Mental hospitals Bombay report 1921-28 - 1921-1928
Year: 1921
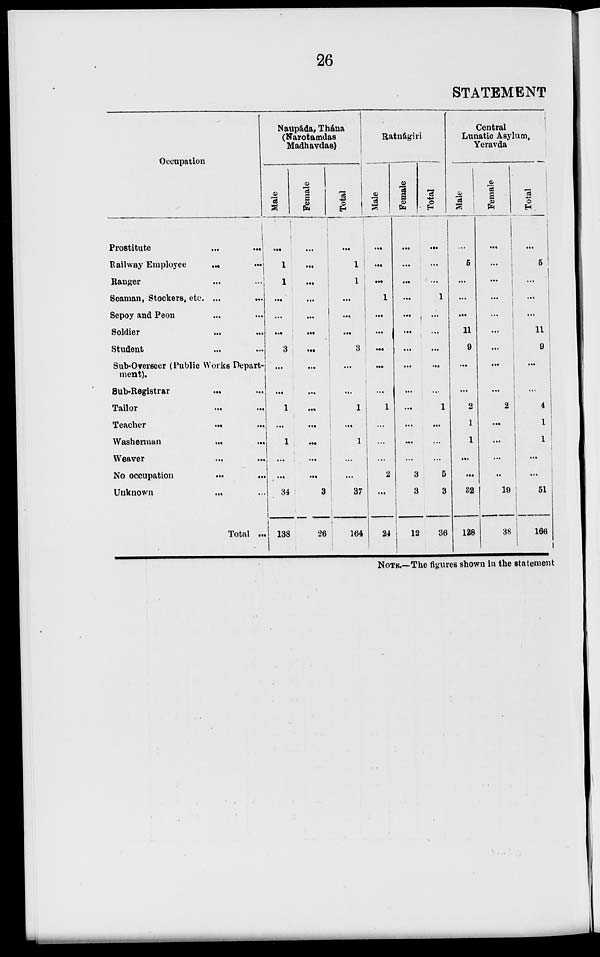
26
STATEMENT
Occupation
Prostitute ... ...
Railway Employee ... ...
Ranger ... ...
Seaman, Stockers, etc. ...
...
Sepoy and Peon
Soldier ... ...
Student ... ...
Sub-Overseer (Public Works Depart-
ment).
Sub-Registrar ... ...
Tailor ... ...
Teacher
... ...
Washerman ... ...
Weaver ... ...
No occupation ... ...
Unknown ... ...
Total ...
Naupáda, Thána
(Narotamdas
Madhavdas)
Male
...
1
1
...
...
...
3
...
...
1
...
1
...
...
34
138
Female
...
...
...
...
...
...
...
...
...
...
...
...
...
...
3
26
Total
...
1
1
...
...
...
3
...
...
1
...
1
...
...
37
164
Ratnágiri
Male
...
...
...
1
...
...
...
...
...
1
...
...
...
2
...
24
Female
...
...
...
...
...
...
...
...
...
...
...
...
...
3
3
12
Total
...
...
...
1
...
...
...
...
...
1
...
...
...
5
3
36
Central
Lunatic Asylum,
Yeravda
Male
...
5
...
...
...
11
9
...
...
2
1
1
...
...
32
128
Female
...
...
...
...
...
...
...
...
...
2
...
...
...
...
19
38
Total
...
5
...
...
...
11
9
...
...
4
1
1
...
...
51
166
NOTE.—The figures shown in the statement